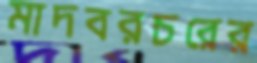
মাদবরচরের